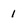
Character: 1